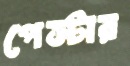
পেস্টার